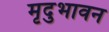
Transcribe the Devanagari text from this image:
मृदुभावन